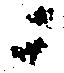
ニ